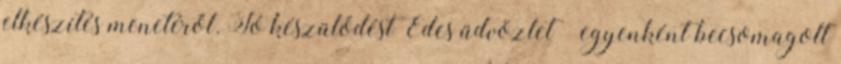
elkészítés menetéről. Jó készülődést Édes üdvözlet – egyenként becsomagolt